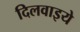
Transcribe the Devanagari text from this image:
दिलवाइये